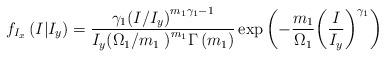
LaTeX: \begin{align*}{{f}_{{{I}_{x}}}}\left( I|{{I}_{y}} \right)=\frac{{{\gamma }_{1}}{{\left( I/{{I}_{y}} \right)}^{{{m}_{1}}{{\gamma }_{1}}-1}}}{{{I}_{y}}{{\left( {{{\Omega }_{1}}}/{{{m}_{1}}}\; \right)}^{{{m}_{1}}}}\Gamma \left( {{m}_{1}} \right)}\exp \left( -\frac{{{m}_{1}}}{{{\Omega }_{1}}}{{\left( \frac{I}{{{I}_{y}}} \right)}^{{{\gamma }_{1}}}} \right)\end{align*}